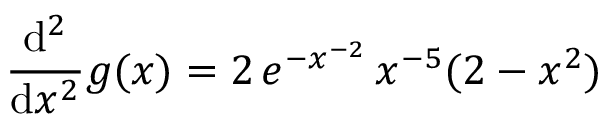
\frac { \mathrm { d } ^ { 2 } } { \mathrm { d } x ^ { 2 } } g ( x ) = 2 \, e ^ { - x ^ { - 2 } } \, x ^ { - 5 } ( 2 - x ^ { 2 } )